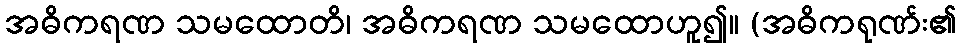
အဓိကရဏ သမထောတိ၊ အဓိကရဏ သမထောဟူ၍။ (အဓိကရုဏ်း၏